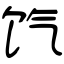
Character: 饩